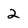
Character: 2